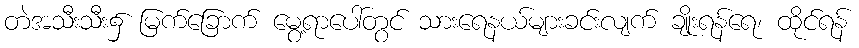
တဲအသီးသီး၌ မြက်ခြောက် မွေ့ရာပေါ်တွင် သားရေနယ်များခင်းလျက် ချိုးရန်ရေ၊ ထိုင်ရန်